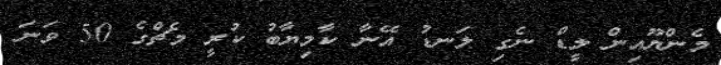
މެންޔޫއިން ލީޑް ނެގި ލަނޑު އޭނާ ކާމިޔާބު ކުރީ މެޗްގެ 50 ވަނަ